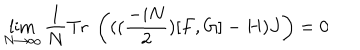
LaTeX: \lim _ { N \rightarrow \infty } \frac { 1 } { N } \mathrm { T r } \; \left( ( ( \frac { - i N } { 2 } ) [ F , G ] - H ) J \right) = 0